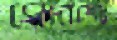
পোরশের